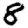
Digit: 8